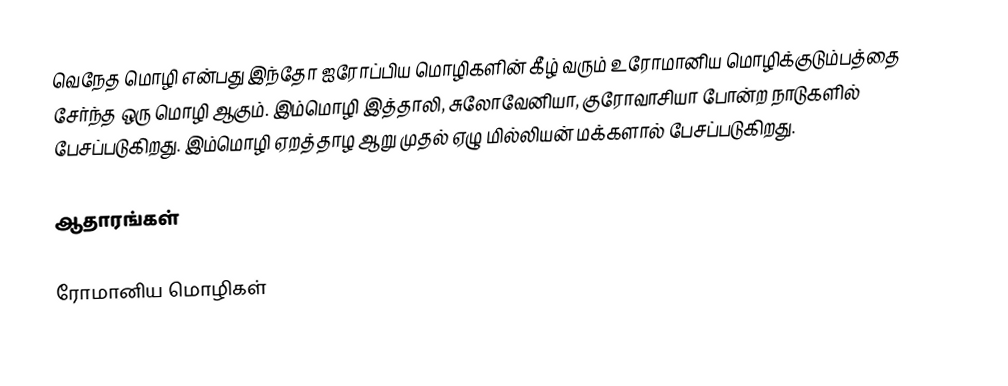
வெநேத மொழி என்பது இந்தோ ஐரோப்பிய மொழிகளின் கீழ் வரும் உரோமானிய மொழிக்குடும்பத்தை சேர்ந்த ஒரு மொழி ஆகும். இம்மொழி இத்தாலி, சுலோவேனியா, குரோவாசியா போன்ற நாடுகளில் பேசப்படுகிறது. இம்மொழி ஏறத்தாழ ஆறு முதல் ஏழு மில்லியன் மக்களால் பேசப்படுகிறது.

ஆதாரங்கள்

ரோமானிய மொழிகள்